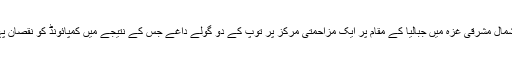
ادھر شمال مشرقی غزہ میں جبالیا کے مقام پر ایک مزاحمتی مرکز پر توپ کے دو گولے داغے جس کے نتیجے میں کمپائونڈ کو نقصان پہنچایا۔